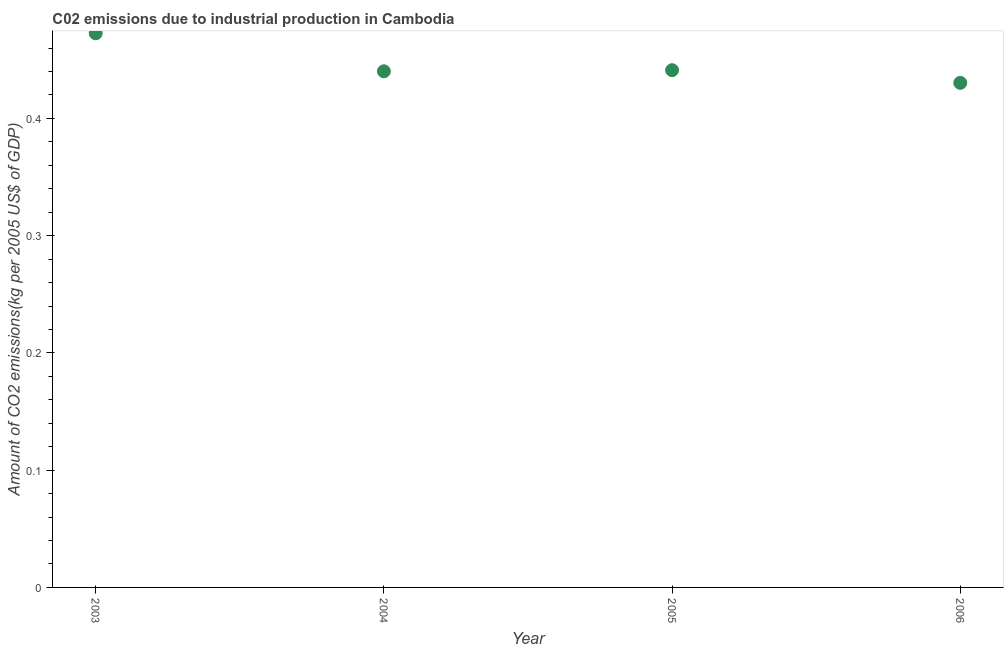
| Year | CO2 emissions  |
 | --- | --- |
 | 2003 | 0.473 |
 | 2004 | 0.44 |
 | 2005 | 0.441 |
 | 2006 | 0.43 |